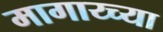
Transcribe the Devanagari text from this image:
मागाय्च्या